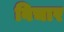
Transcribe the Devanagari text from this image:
बिचार